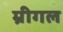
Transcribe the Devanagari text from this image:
म्रीगल